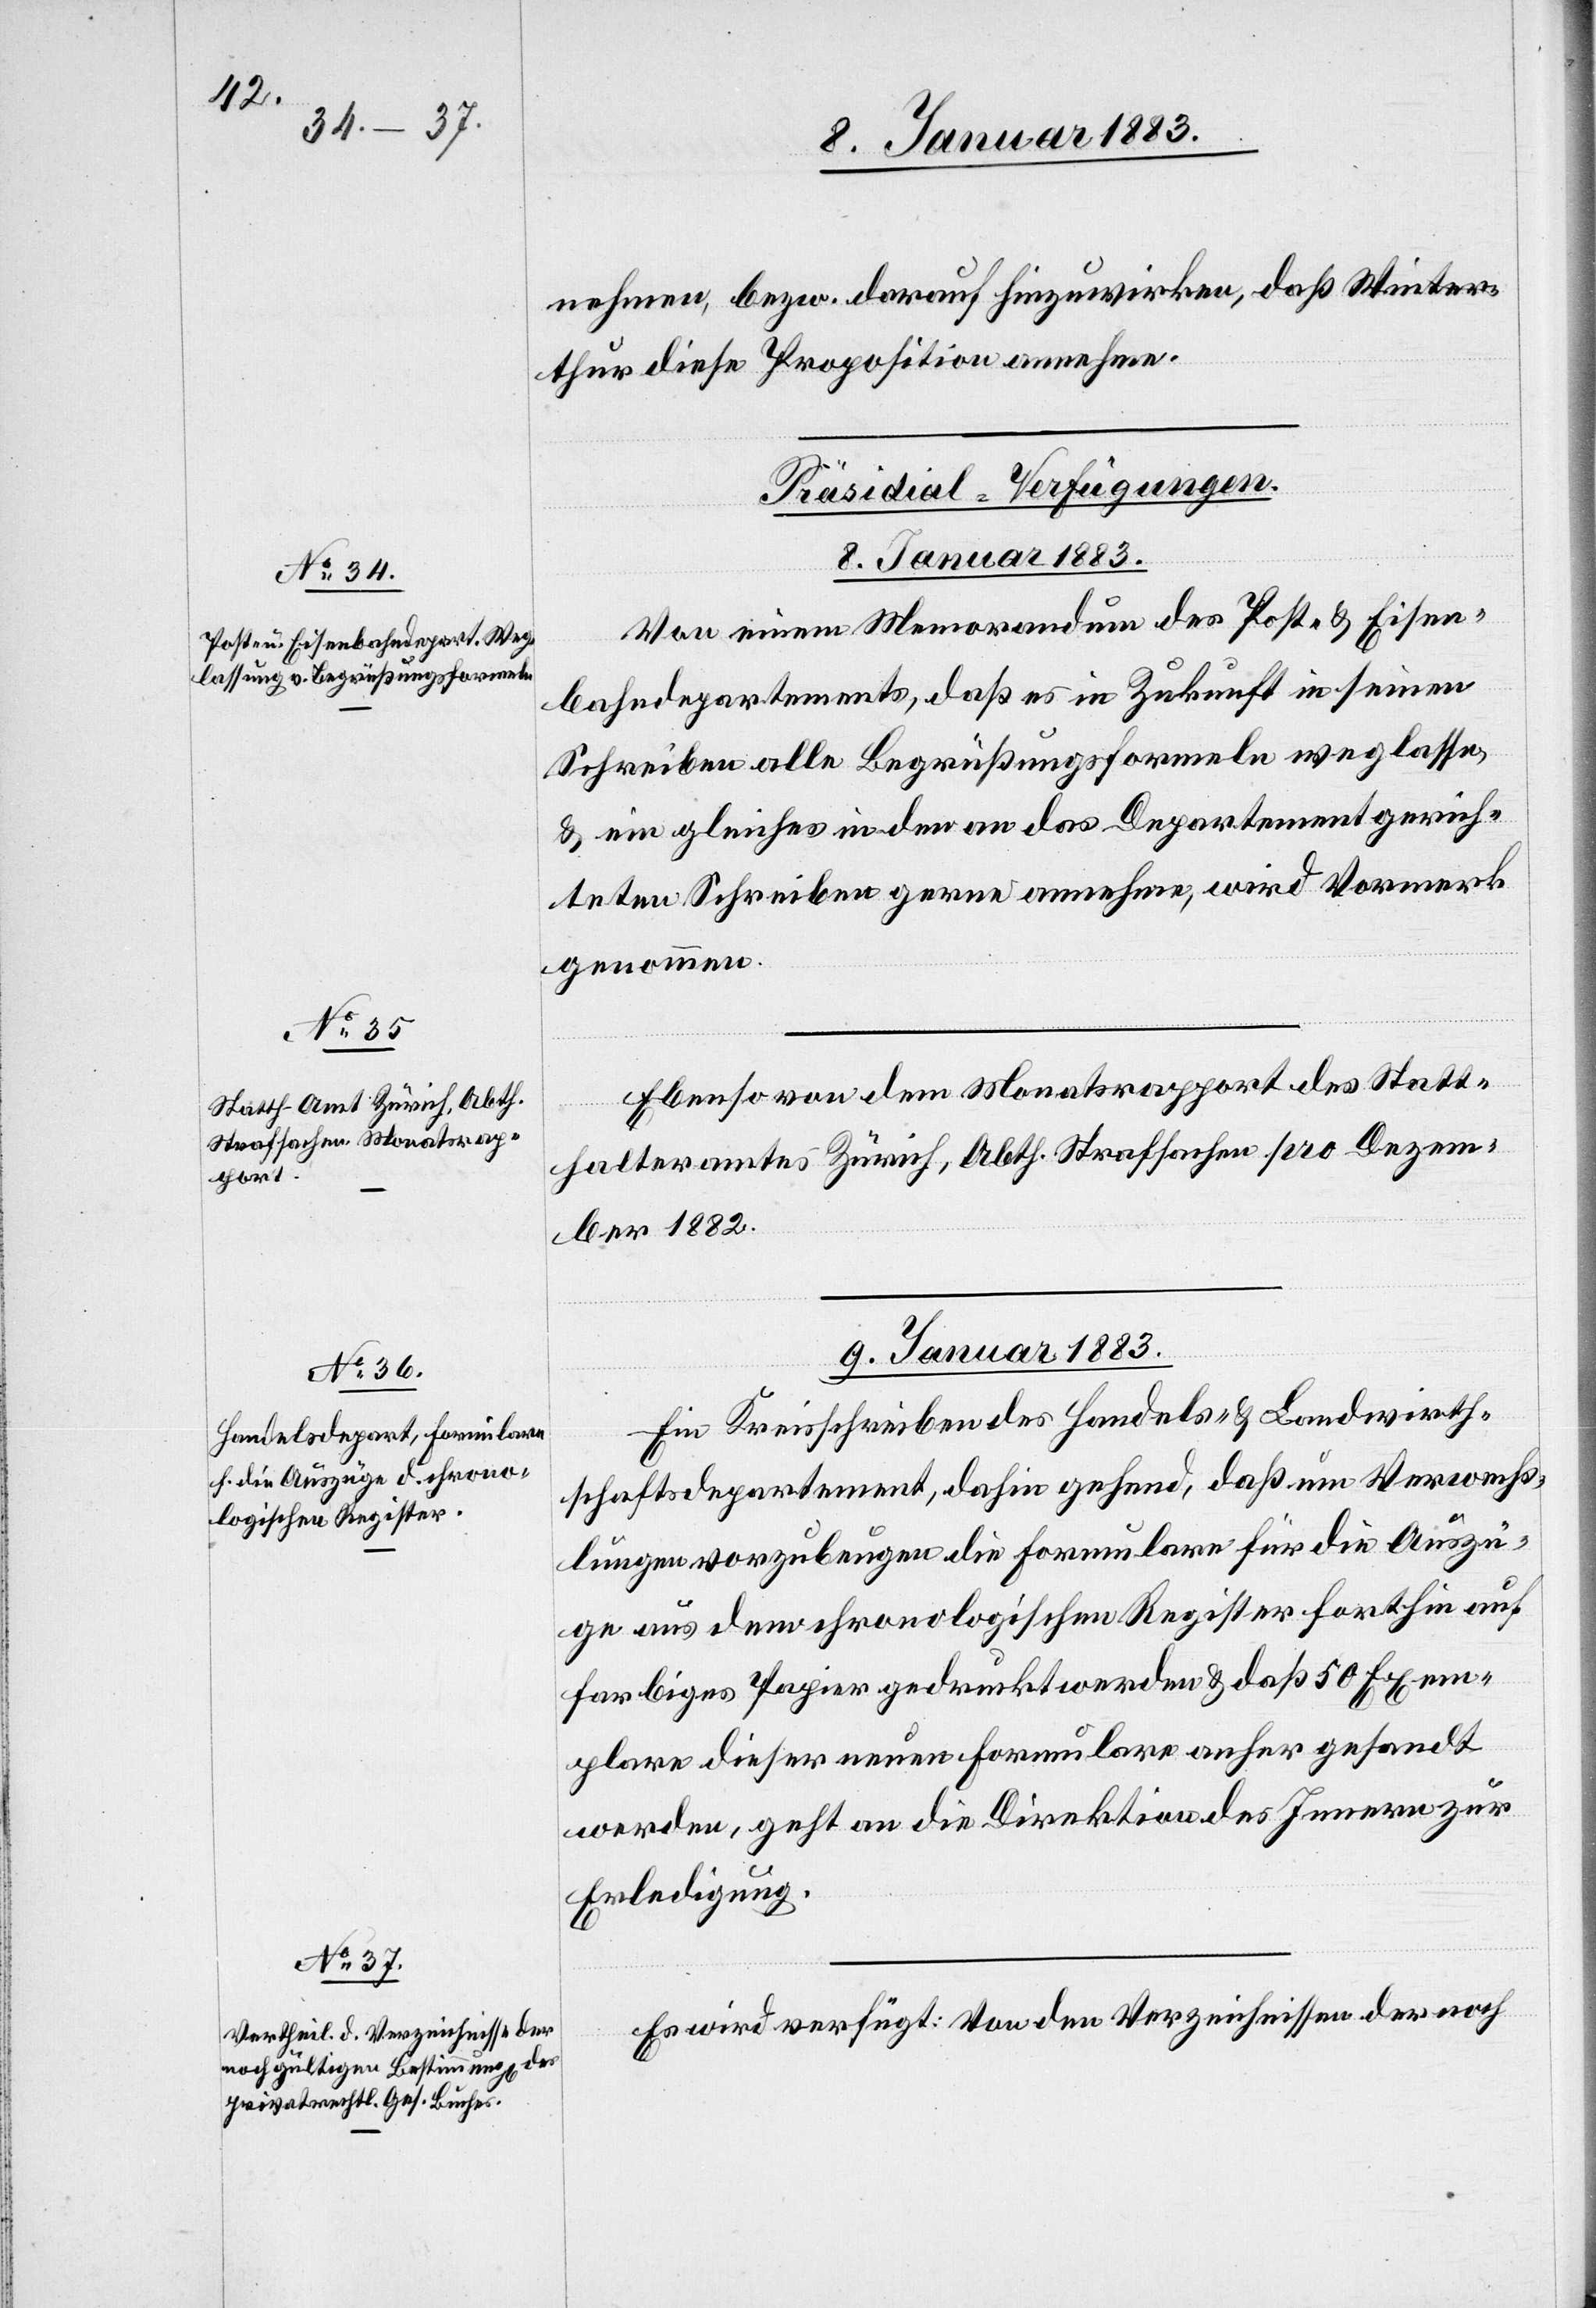
nehmen, bezw. darauf hinzuwirken, daß Winter¬
thur diese Proposition annehme.
[Präsidial-Verfügungen.
8. Januar 1883.]
Von einem Memorandum des Post- & Eisen¬
bahndepartements, daß es in Zukunft in seinen
Schreiben alle Begrüßungsformeln weglasse
& ein gleiches in den an das Departement gerich¬
teten Schreiben gerne annehme, wird Vormerk
genommen.
Ebenso von dem Monatsrapport des Statt¬
halteramtes Zürich, Abth. Strafsachen pro Dezem¬
ber 1882.
9. Januar 1883.]
Ein Kreisschreiben des Handels- & Landwirth¬
schaftsdepartements, dahin gehend, daß um Verwechs¬
lungen vorzubeugen die Formulare für die Auszü¬
ge aus dem chronologischen Register forthin auf
farbiges Papier gedruckt werden & daß 50 Exem¬
plare dieser neuen Formulare anher gesandt
werden, geht an die Direktion des Innern zur
Erledigung.
Es wird verfügt: Von den Verzeichnissen der noch